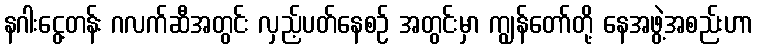
နဂါးငွေ့တန်း ဂလက်ဆီအတွင်း လှည့်ပတ်နေစဉ် အတွင်းမှာ ကျွန်တော်တို့ နေအဖွဲ့အစည်းဟာ